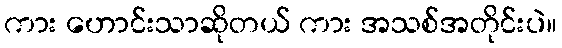
ကား ဟောင်းသာဆိုတယ် ကား အသစ်အတိုင်းပဲ။